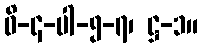
ဝိ-၄-ပါ-၅-၇၊ ဋ္ဌ-၁။